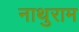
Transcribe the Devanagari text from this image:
नाथुराम